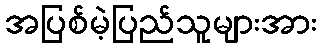
အပြစ်မဲ့ပြည်သူများအား